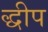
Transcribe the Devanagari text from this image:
द्धीप